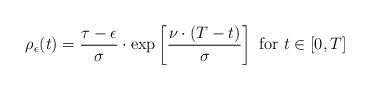
LaTeX: \begin{align*}{}\rho_{\epsilon}(t)=\frac{\tau -\epsilon}{\sigma}\cdot\exp\left [\frac{\nu\cdot (T-t)}{\sigma}\right ]\mbox{ for }t\in [0,T]\end{align*}